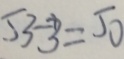
5 3 - 3 = 5 0